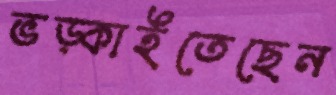
ভড়্‌কাইতেছেন